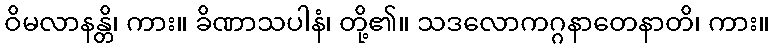
ဝိမလာနန္တိ၊ ကား။ ခိဏာသပါနံ၊ တို့၏။ သဒလောကဂ္ဂနာတေနာတိ၊ ကား။